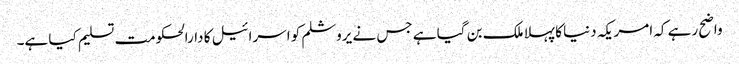
واضح رہے کہ امریکہ دنیا کا پہلا ملک بن گیا ہے جس نے یروشلم کو اسرائیل کا دارالحکومت تسلیم کیا ہے۔